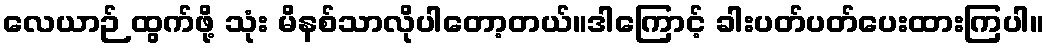
လေယာဉ် ထွက်ဖို့ သုံး မိနစ်သာလိုပါတော့တယ်။ဒါကြောင့် ခါးပတ်ပတ်ပေးထားကြပါ။